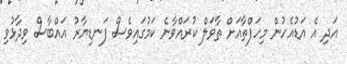
އަދި އެ އަޑުއެހުން މިހަފްތާއަށް ތާވަލް ކުރައްވާނެ ކަމުގައިވެސް ފަނޑިޔާރު އައްބާސް ވިދާޅުވި